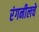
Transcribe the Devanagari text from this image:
रंगनीलचे